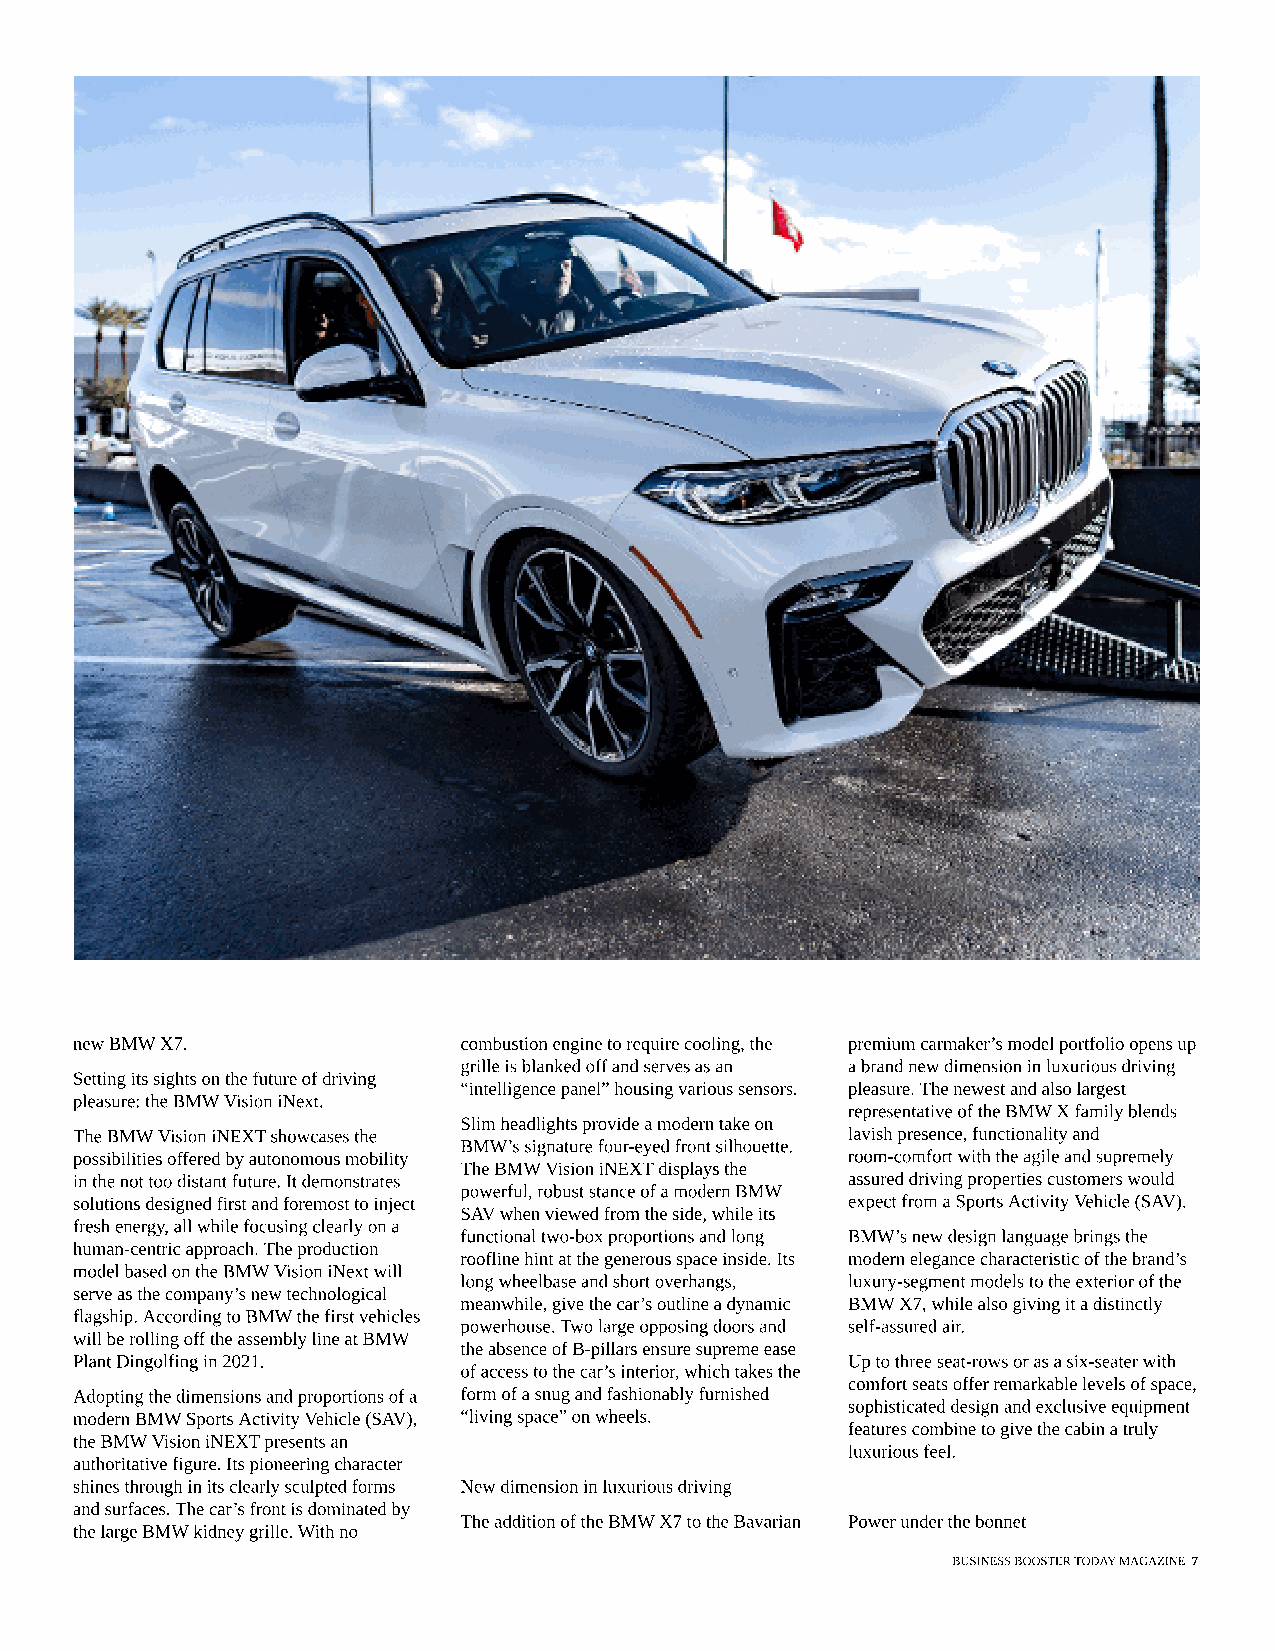
new BMW X7.              combustion engine to require cooling, the premium carmaker?s model portfolio opens up
 grille is blanked off and serves as an a brand new dimension in luxurious driving
 Setting its sights on the future of driving
 ?intelligence panel? housing various sensors. pleasure. The newest and also largest
 pleasure: the BMW Vision iNext.
 representative of the BMW X family blends
 Slim headlights provide a modern take on
 The BMW Vision iNEXT showcases the                 lavish presence, functionality and
 BMW?s signature four-eyed front silhouette.
 possibilities offered by autonomous mobility       room-comfort with the agile and supremely
 The BMW Vision iNEXT displays the
 in the not too distant future. It demonstrates     assured driving properties customers would
 powerful, robust stance of a modern BMW
 solutions designed first and foremost to inject    expect from a Sports Activity Vehicle (SAV).
 SAV when viewed from the side, while its
 fresh energy, all while focusing clearly on a
 functional two-box proportions and long BMW?s new design language brings the
 human-centric approach. The production
 roofline hint at the generous space inside. Its modern elegance characteristic of the brand?s
 model based on the BMW Vision iNext will
 long wheelbase and short overhangs, luxury-segment models to the exterior of the
 serve as the company?s new technological
 meanwhile, give the car?s outline a dynamic BMW X7, while also giving it a distinctly
 flagship. According to BMW the first vehicles
 powerhouse. Two large opposing doors and self-assured air.
 will be rolling off the assembly line at BMW
 the absence of B-pillars ensure supreme ease
 Plant Dingolfing in 2021.                          Up to three seat-rows or as a six-seater with
 of access to the car?s interior, which takes the
 comfort seats offer remarkable levels of space,
 Adopting the dimensions and proportions of a form of a snug and fashionably furnished
 sophisticated design and exclusive equipment
 modern BMW Sports Activity Vehicle (SAV), ?living space? on wheels.
 features combine to give the cabin a truly
 the BMW Vision iNEXT presents an
 luxurious feel.
 authoritative figure. Its pioneering character
 shines through in its clearly sculpted forms New dimension in luxurious driving
 and surfaces. The car?s front is dominated by
 The addition of the BMW X7 to the Bavarian Power under the bonnet
 the large BMW kidney grille. With no
 BUSINESS BOOSTER TODAY MAGAZINE 7